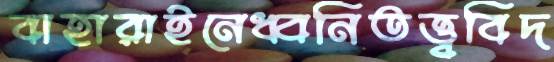
বাহারাইনেধ্বনিতত্ত্ববিদ